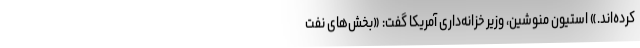
کرده‌اند.» استیون منوشین، وزیر خزانه‌داری آمریکا گفت: «بخش‌های نفت